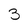
Character: 3